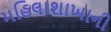
મહિલાશાખાની